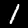
Digit: 1